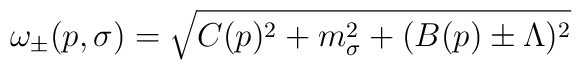
\omega_\pm (p,\sigma ) =\sqrt{ C(p)^2+m^2_\sigma +(B(p)\pm\Lambda )^2}